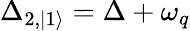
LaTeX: \Delta_{2,|1\rangle}=\Delta+\omega_{q}